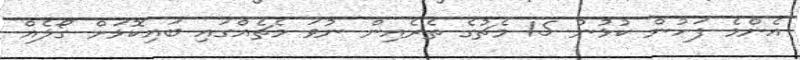
އެންމެ ފަހުން ކުޅުނު 15 މެޗުގެ ތެރެއިން ނުވަ މެޗެއްގައި ބައިކޮޅަށް ގޯލެއް